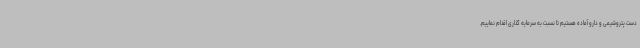
دست پتروشیمی و دارو آماده هستیم تا نسبت به سرمایه گذاری اقدام نماییم.